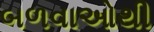
બળવાઓથી